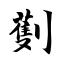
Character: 劐